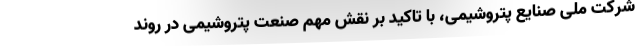
شرکت ملی صنایع پتروشیمی، با تاکید بر نقش مهم صنعت پتروشیمی در روند